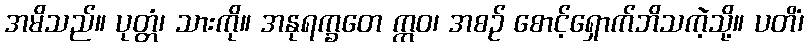
အမိသည်။ ပုတ္တံ၊ သားကို။ အနုရက္ခတေ ဣဝ၊ အစဉ် စောင့်ရှောက်ဘိသကဲ့သို့။ ပတိံ၊